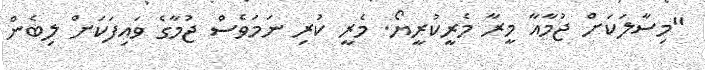
"މިސާލަކަށް ޖުމާއާ މީރާ މެރީކުރީޔޯ. މެރީ ކުރި ނަމަވެސް ޖުމާގެ ވައިފަކަށް ލިބެން